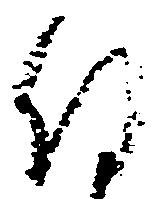
付